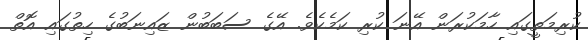
ކުރިމަތީގައި ހާމަކުރަން އޭނަ ކުރި ކަމެކެވެ. އޭގެ ސަބަބުން ޒައިނަބުގެ ހިތުގައި އޮތް